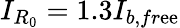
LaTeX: I_{R_{0}}=1.3I_{b,fr\mathrm{e}\mathrm{e}}